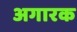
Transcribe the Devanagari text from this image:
अगारक